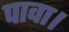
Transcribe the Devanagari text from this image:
पावा।